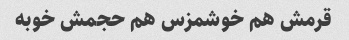
قرمش هم خوشمزس هم حجمش خوبه